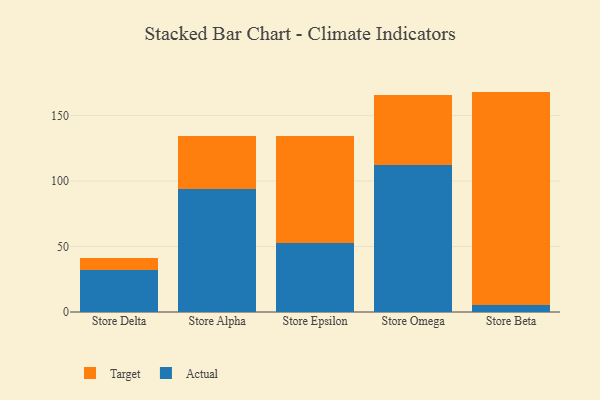
{"axis": {"x": "Store", "y": "Bounce Rate (%)"}, "legend": ["Actual", "Target"], "data": [{"x": "Store Delta", "y": 31.9, "type": "Actual"}, {"x": "Store Delta", "y": 9.6, "type": "Target"}, {"x": "Store Alpha", "y": 94.1, "type": "Actual"}, {"x": "Store Alpha", "y": 40.6, "type": "Target"}, {"x": "Store Epsilon", "y": 52.8, "type": "Actual"}, {"x": "Store Epsilon", "y": 81.5, "type": "Target"}, {"x": "Store Omega", "y": 112.2, "type": "Actual"}, {"x": "Store Omega", "y": 53.4, "type": "Target"}, {"x": "Store Beta", "y": 5.2, "type": "Actual"}, {"x": "Store Beta", "y": 163.1, "type": "Target"}]}